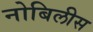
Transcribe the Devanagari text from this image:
नोबिलीस